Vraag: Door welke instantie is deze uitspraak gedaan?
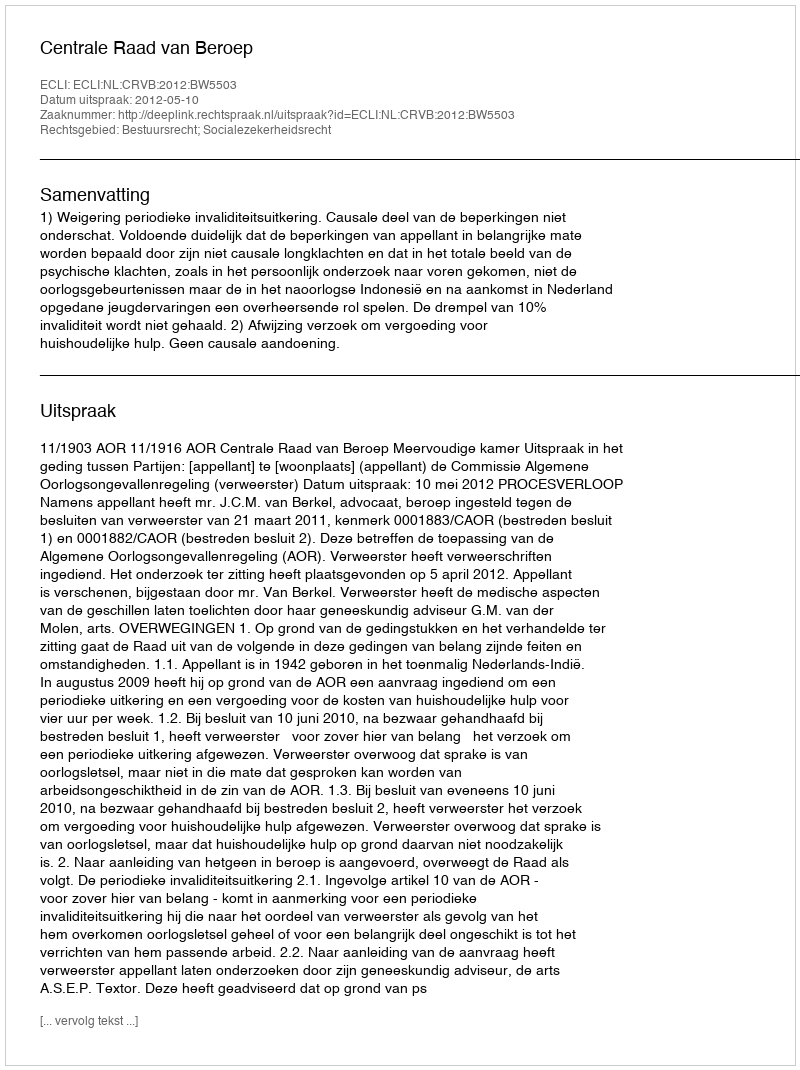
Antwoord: Centrale Raad van Beroep